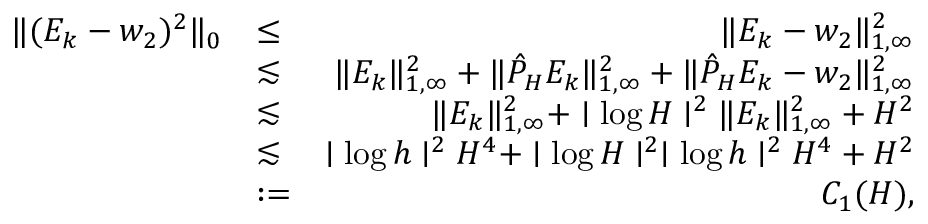
\begin{array} { r l r } { \| ( E _ { k } - w _ { 2 } ) ^ { 2 } \| _ { 0 } } & { \leq } & { \| E _ { k } - w _ { 2 } \| _ { 1 , \infty } ^ { 2 } } \\ & { \lesssim } & { \| E _ { k } \| _ { 1 , \infty } ^ { 2 } + \| \hat { P } _ { H } E _ { k } \| _ { 1 , \infty } ^ { 2 } + \| \hat { P } _ { H } E _ { k } - w _ { 2 } \| _ { 1 , \infty } ^ { 2 } } \\ & { \lesssim } & { \| E _ { k } \| _ { 1 , \infty } ^ { 2 } + \mid \log H \mid ^ { 2 } \| E _ { k } \| _ { 1 , \infty } ^ { 2 } + H ^ { 2 } } \\ & { \lesssim } & { \mid \log h \mid ^ { 2 } H ^ { 4 } + \mid \log H \mid ^ { 2 } \mid \log h \mid ^ { 2 } H ^ { 4 } + H ^ { 2 } } \\ & { : = } & { C _ { 1 } ( H ) , } \end{array}